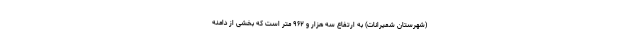
(شهرستان شمیرانات) به ارتفاع سه هزار و ۹۶۲ متر است که بخشی از دامنه